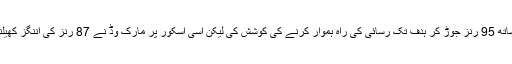
مارٹن گپٹل کے پویلین لوٹنے کے بعد روس ٹیلر میدان میں اترے اور کپتان کے ساتھ 95 رنز جوڑ کر ہدف تک رسائی کی راہ ہموار کرنے کی کوشش کی لیکن اسی اسکور پر مارک وڈ نے 87 رنز کی اننگز کھیلنے والے کیوی کپتان کی اننگز کا خاتمہ کر کے نیوزی لینڈ کو بڑا نقصان پہنچایا۔